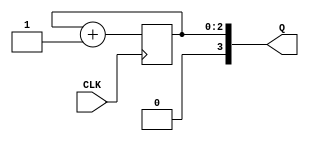
//400001111
// + 
module CNT4(CLK,Q); //4
	input CLK;
	output [3:0] Q;
	//4
	//Q1
	reg [3:1] Q1;
	always @(posedge CLK)
	begin 
	Q1 <= Q1 + 1; //CLKQ11
	end 
	assign Q = Q1; //Q1Q
endmodule